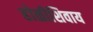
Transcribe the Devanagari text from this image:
होळीशिवाय